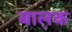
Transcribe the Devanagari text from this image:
बाल़क